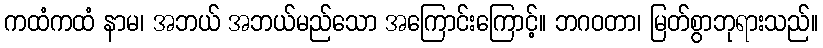
ကထံကထံ နာမ၊ အဘယ် အဘယ်မည်သော အကြောင်းကြောင့်။ ဘဂဝတာ၊ မြတ်စွာဘုရားသည်။